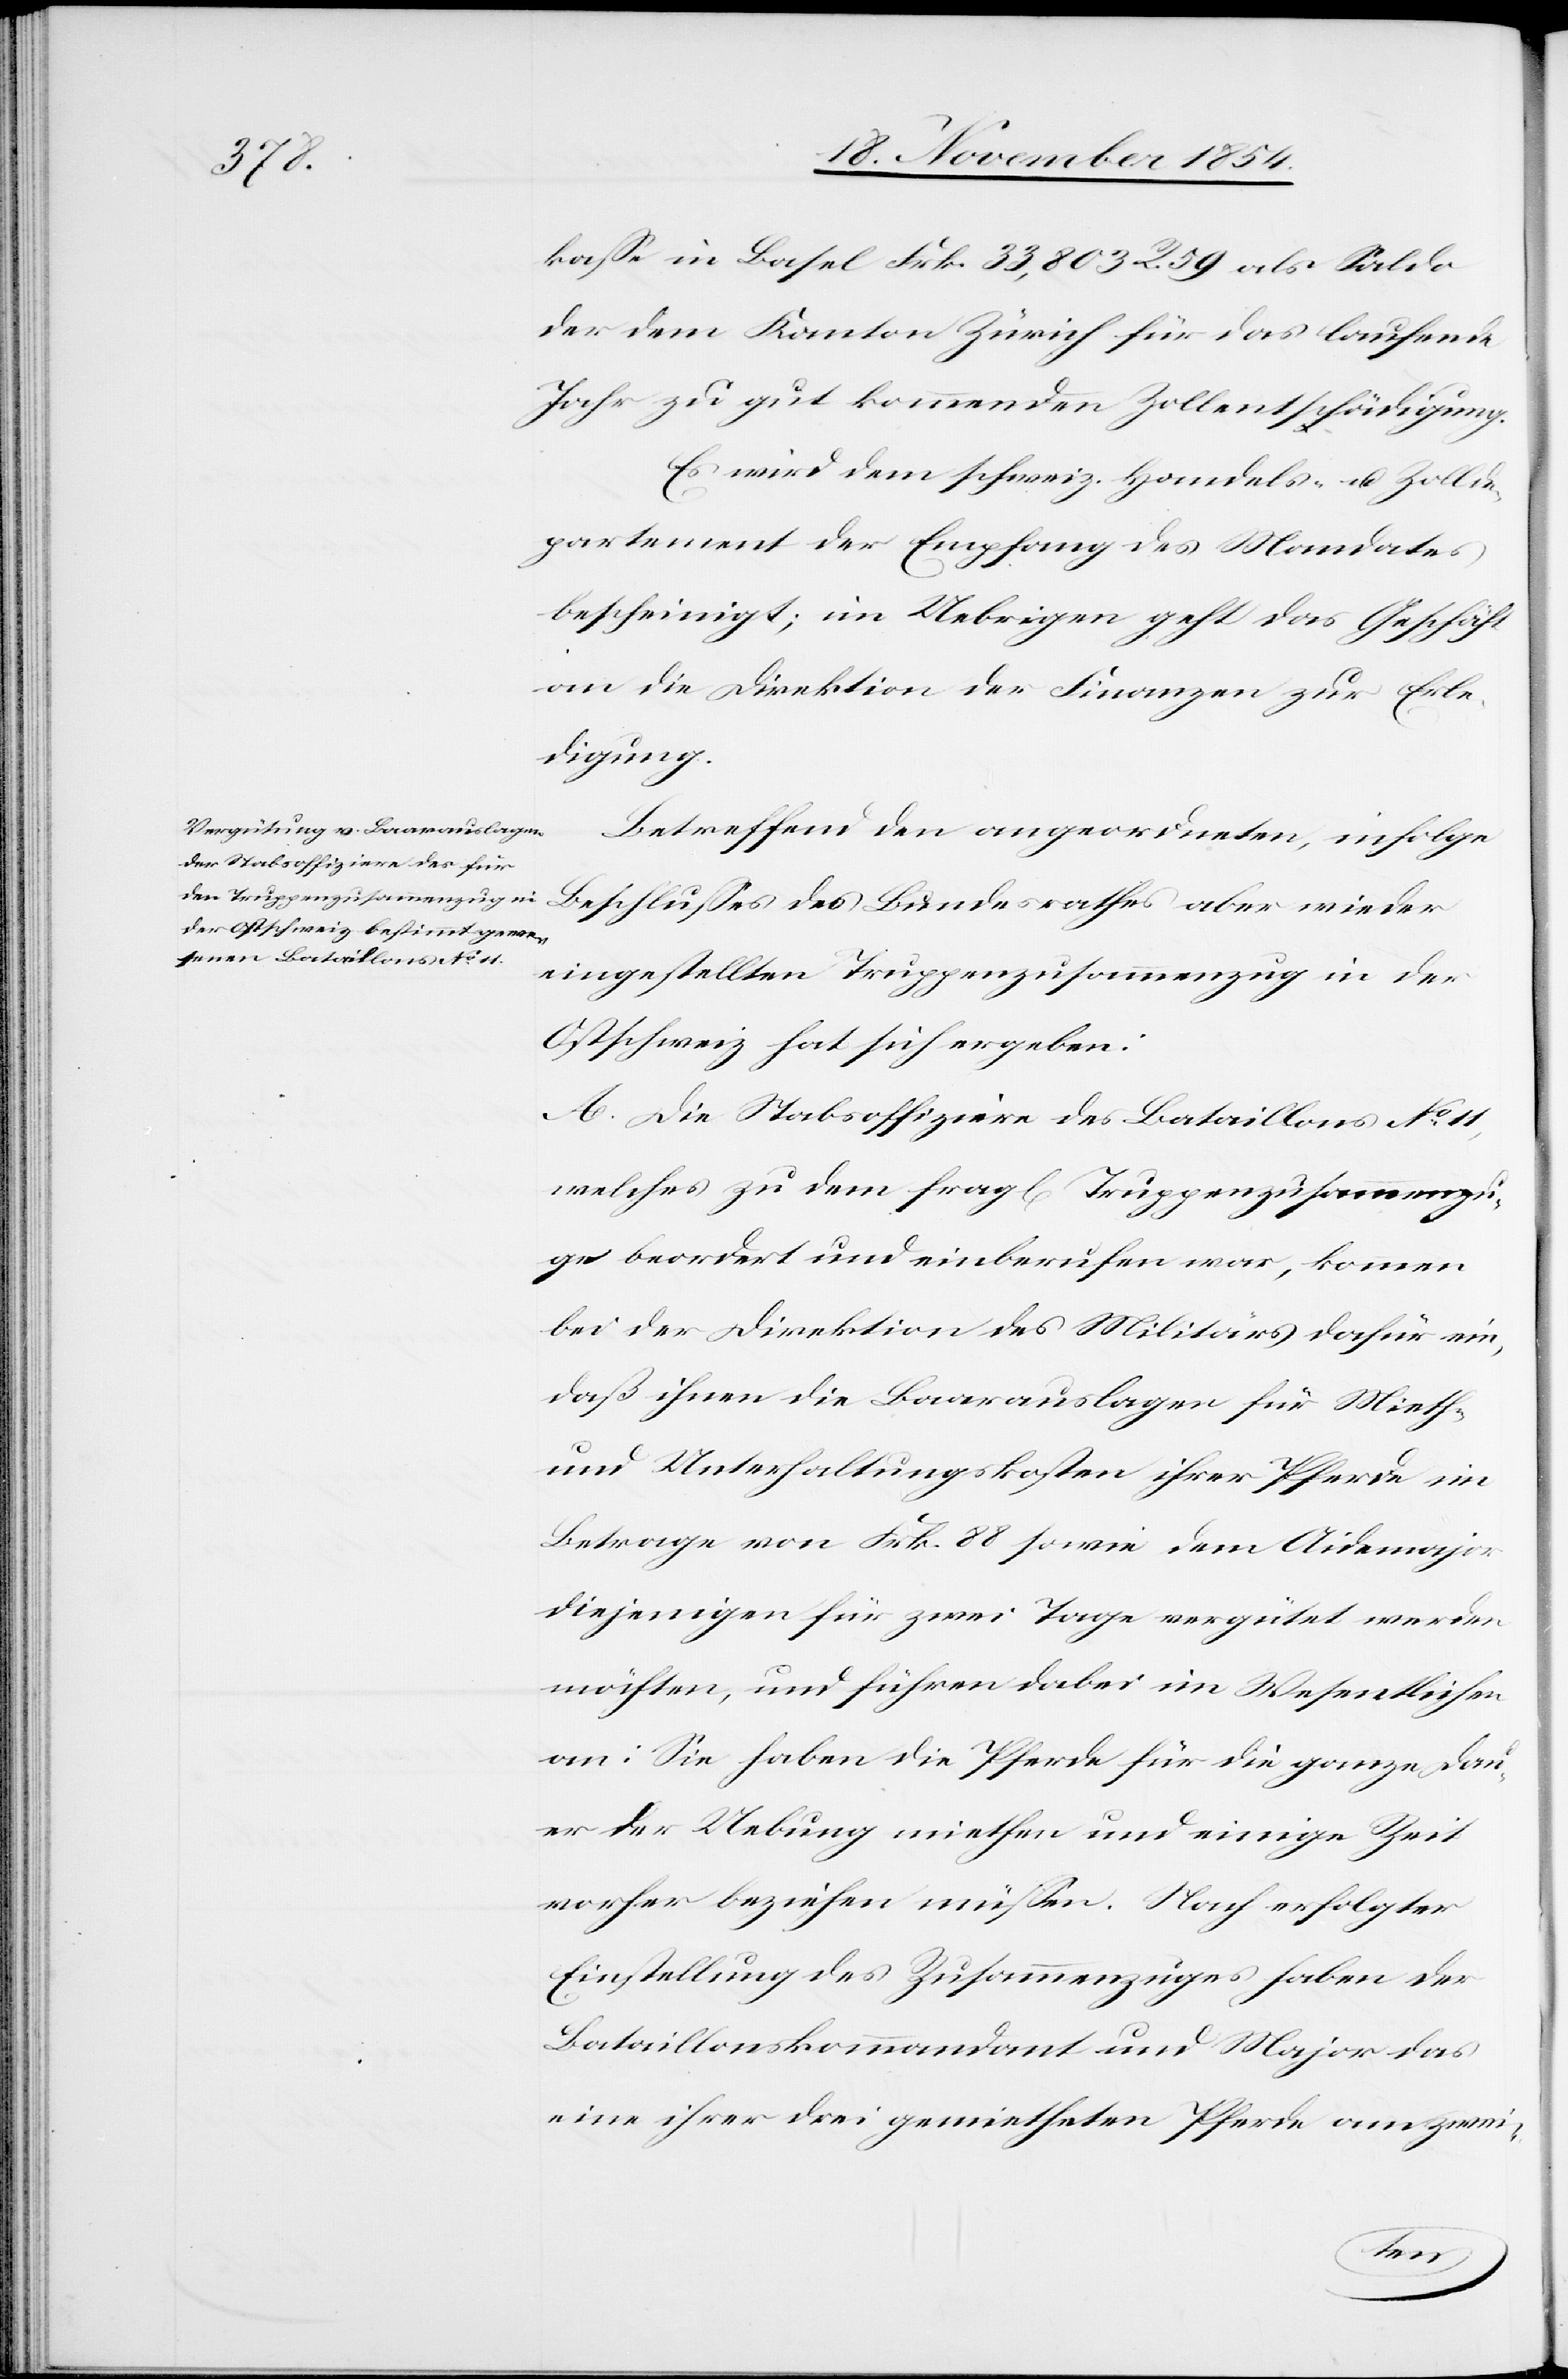
kaße in Basel Frk. 33,803 R. 59 als Saldo
der dem Kanton Zürich für das laufende
Jahr zu gut kommenden Zollentschädigung.
Es wird dem schweiz. Handels- u. Zollde¬
partement der Empfang des Mandates
bescheinigt; im Uebrigen geht das Geschäft
an die Direktion der Finanzen zur Erle¬
digung.
Betreffend den angeordneten, infolge
eingestellten Truppenzusammenzug in der
Ostschweiz hat sich ergeben:
A. Die Stabsoffiziere des Bataillons No 11,
welches zu dem fragl. Truppenzusammenzu¬
ge beordert und einberufen war, kommen
bei der Direktion des Militärs dafür ein,
daß ihnen die Baarauslagen für Mieth-
und Unterhaltungskosten ihrer Pferde im
Betrage von Frk. 88 sowie dem Aidemajor
diejenigen für zwei Tage vergütet werden
möchten, und führen dabei im Wesentlichen
an: Sie haben die Pferde für die ganze Dau¬
er der Uebung miethen und einige Zeit
vorher beziehen müßen. Nach erfolgter
Einstellung des Zusammenzuges haben der
Bataillonskommandant und Major das
eine ihrer drei gemietheten Pferde am zw¬
ei-